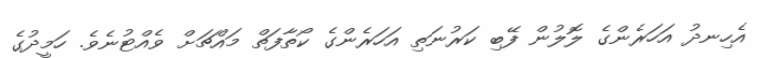
އެހިނދު އަހަރެންގެ ލޮލުން ފޭބި ކަރުނަތި އަހަރެންގެ ކޯތާފަތް މައްޗަށް ވެއްޓުނެވެ. ހަމީދުގެ